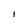
Character: l